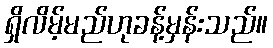
ရှိလိမ့်မည်ဟုခန့်မှန်းသည်။